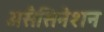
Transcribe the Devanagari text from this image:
असैसिनेशन